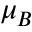
\mu _ { B }